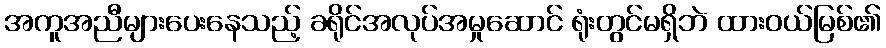
အကူအညီများပေးနေသည့် ခရိုင်အလုပ်အမှုဆောင် ရုံးတွင်မရှိဘဲ ထားဝယ်မြစ်၏